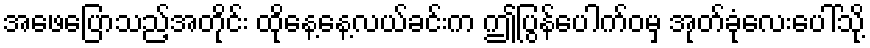
အဖေပြောသည့်အတိုင်း ထိုနေ့နေ့လယ်ခင်းက ဤပြွန်ပေါက်ဝမှ အုတ်ခုံလေးပေါ်သို့